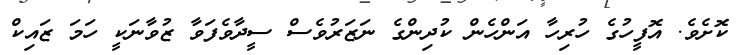
ކޮށެެވެ. އޮފީހުގެ ހުރިހާ އަންހެން ކުދިންގެ ނަޒަރުވެސް ސީދާވެފަވާ ޒުވާނަކީ ހަމަ ޒައިކް